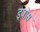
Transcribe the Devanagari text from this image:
इपोस